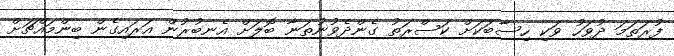
ފުރަތަމަ ދުވަހު ވަކި ހިސާބަކަށް ކަސްރަތު ގެންދެވުނުތަނާ ބޮލަށް އެނބުރުން އަރައިގެން ބިންމައްޗަށް